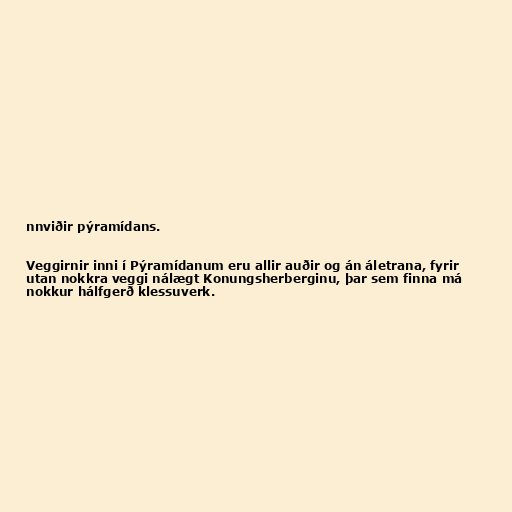
nnviðir pýramídans.

Veggirnir inni í Pýramídanum eru allir auðir og án áletrana, fyrir
utan nokkra veggi nálægt Konungsherberginu, þar sem finna má
nokkur hálfgerð klessuverk.